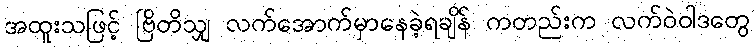
အထူးသဖြင့် ဗြိတိသျှ လက်အောက်မှာနေခဲ့ရချိန် ကတည်းက လက်ဝဲဝါဒတွေ